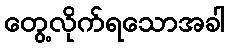
တွေ့လိုက်ရသောအခါ